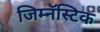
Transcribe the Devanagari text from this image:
जिम्नॅस्टिक